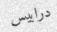
درابيس